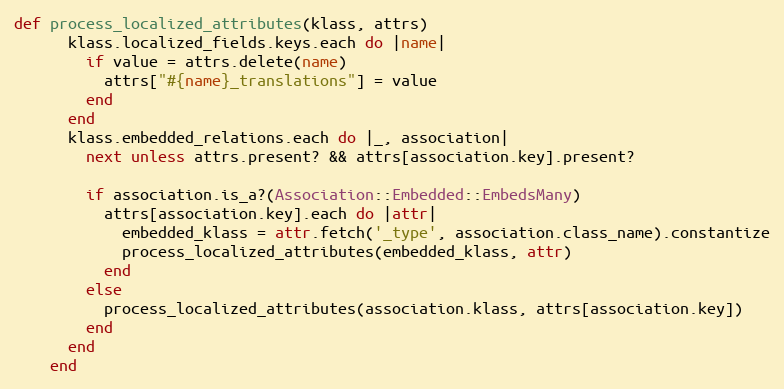
Language: Ruby
def process_localized_attributes(klass, attrs)
      klass.localized_fields.keys.each do |name|
        if value = attrs.delete(name)
          attrs["#{name}_translations"] = value
        end
      end
      klass.embedded_relations.each do |_, association|
        next unless attrs.present? && attrs[association.key].present?

        if association.is_a?(Association::Embedded::EmbedsMany)
          attrs[association.key].each do |attr|
            embedded_klass = attr.fetch('_type', association.class_name).constantize
            process_localized_attributes(embedded_klass, attr)
          end
        else
          process_localized_attributes(association.klass, attrs[association.key])
        end
      end
    end